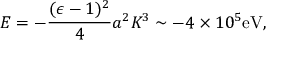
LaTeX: E = - { \frac { ( \epsilon - 1 ) ^ { 2 } } { 4 } } a ^ { 2 } K ^ { 3 } \sim - 4 \times 1 0 ^ { 5 } \mathrm { e V } ,